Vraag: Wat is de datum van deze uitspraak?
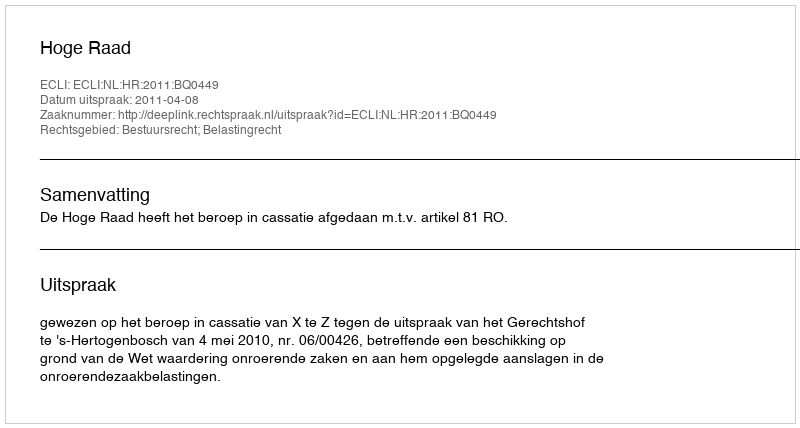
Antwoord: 2011-04-08